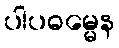
ပါပဓမ္မေန